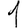
Digit: 1